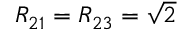
R _ { 2 1 } = R _ { 2 3 } = \sqrt { 2 }